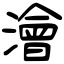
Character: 澮